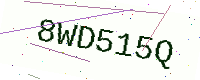
Text: 8WD515Q